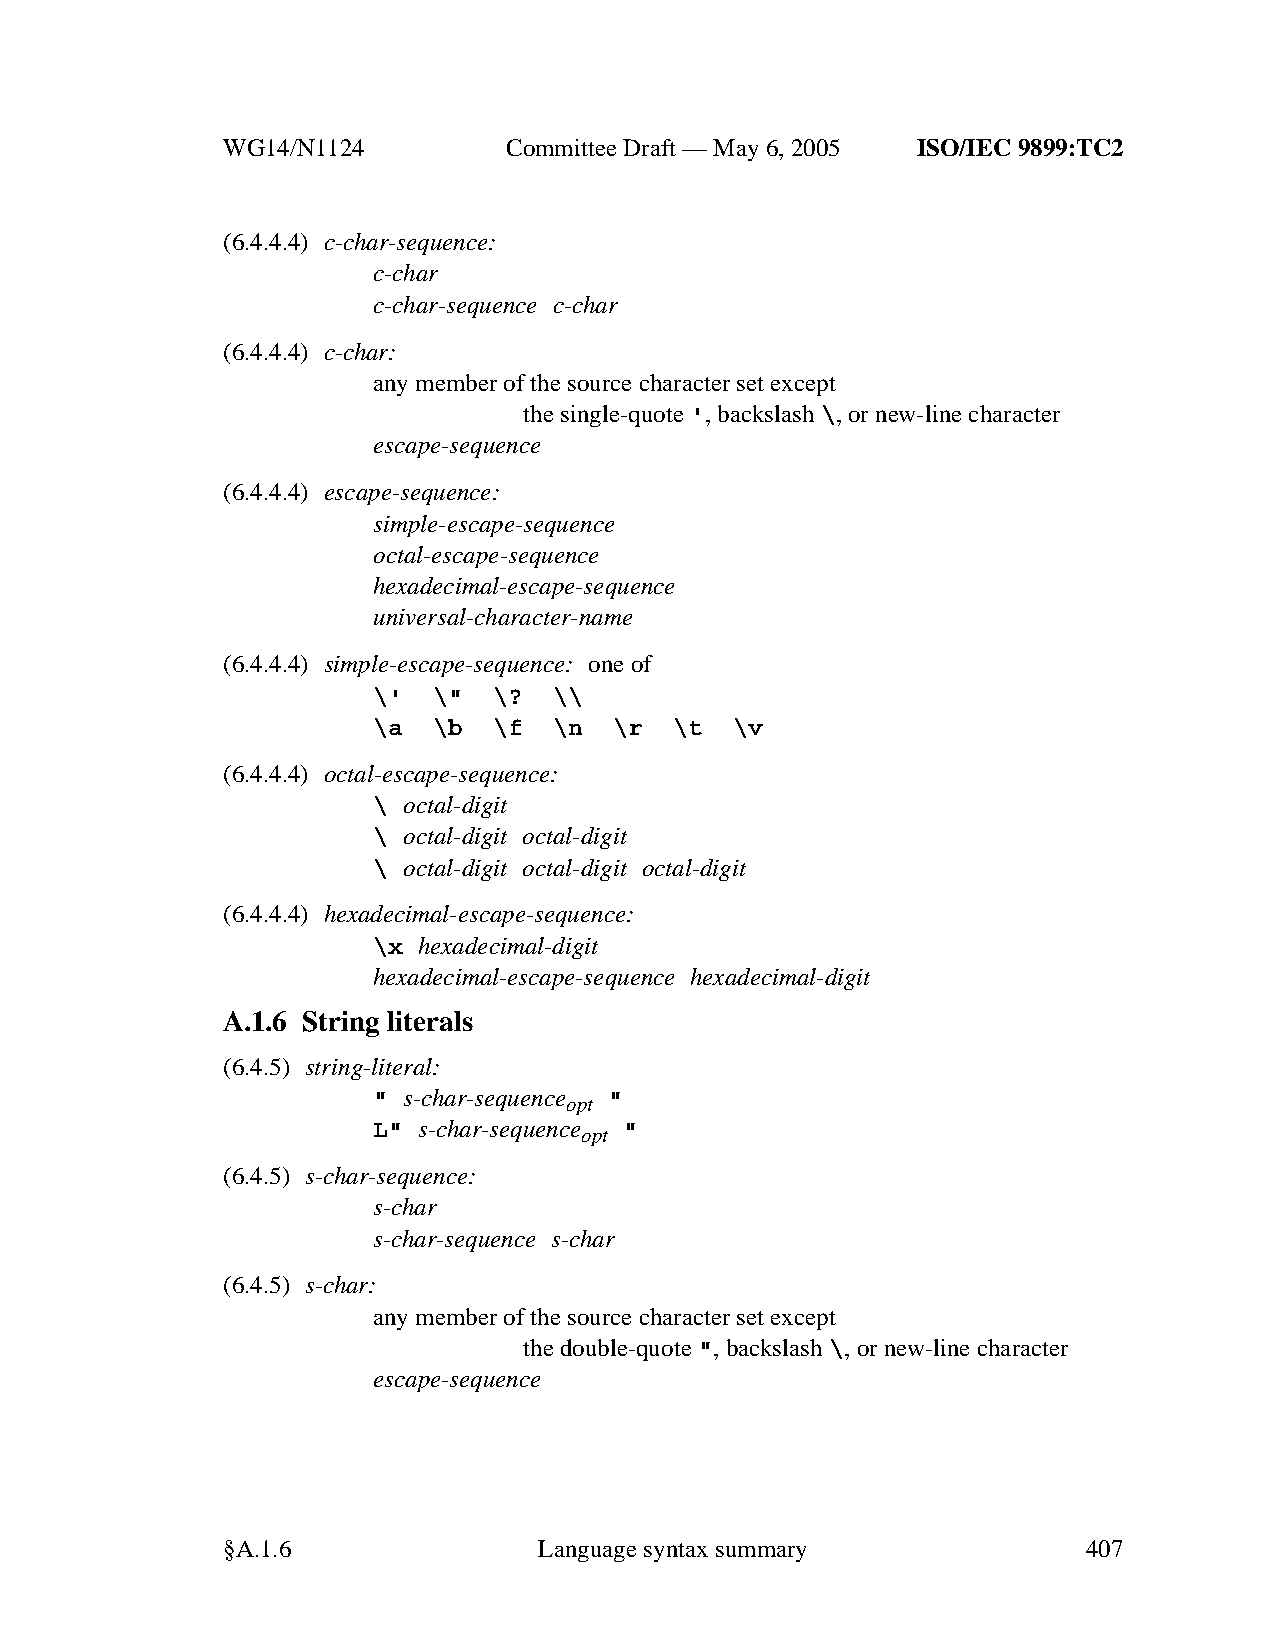
WG14/N1124        CommitteeDraft — May 6, 2005 ISO/IEC 9899:TC2
 (6.4.4.4) c-char-sequence:
 c-char
 c-char-sequence c-char
 (6.4.4.4) c-char:
 anymember of the source character set except
 the single-quote ',backslash\,ornew-line character
 escape-sequence
 (6.4.4.4) escape-sequence:
 simple-escape-sequence
 octal-escape-sequence
 hexadecimal-escape-sequence
 universal-character-name
 (6.4.4.4) simple-escape-sequence: one of
 \'  \"  \?  \\
 \a  \b  \f  \n  \r  \t  \v
 (6.4.4.4) octal-escape-sequence:
 \ octal-digit
 \ octal-digit octal-digit
 \ octal-digit octal-digit octal-digit
 (6.4.4.4) hexadecimal-escape-sequence:
 \x hexadecimal-digit
 hexadecimal-escape-sequence hexadecimal-digit
 A.1.6 String literals
 (6.4.5) string-literal:
 " s-char-sequence "
 opt
 L" s-char-sequence "
 opt
 (6.4.5) s-char-sequence:
 s-char
 s-char-sequence s-char
 (6.4.5) s-char:
 anymember of the source character set except
 the double-quote ",backslash\,ornew-line character
 escape-sequence
 §A.1.6               Languagesyntax summary              407